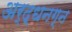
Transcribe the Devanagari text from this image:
अर्द्धनग्न